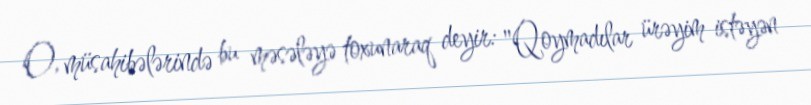
O, müsahibələrində bu məsələyə toxunaraq deyir: "Qoymadılar ürəyim istəyən